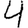
Digit: 4